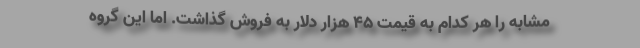
مشابه را هر کدام به قیمت ۴۵ هزار دلار به فروش گذاشت. اما این گروه